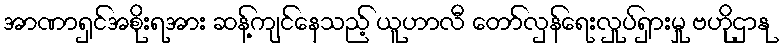
အာဏာရှင်အစိုးရအား ဆန့်ကျင်နေသည့် ယူဟာလီ တော်လှန်ရေးလှုပ်ရှားမှု ဗဟိုဌာနု